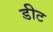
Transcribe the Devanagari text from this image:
डीट